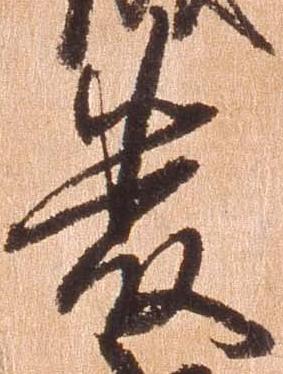
厳